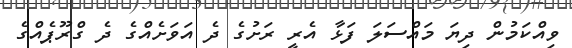
ވިއްކަމުން ދިޔަ މައްސަލަ ފަޅާ އެރީ ރަށުގެ ދެ އަވަށެއްގެ ދެ ގްރޫޕެއްގެ